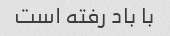
با باد رفته است